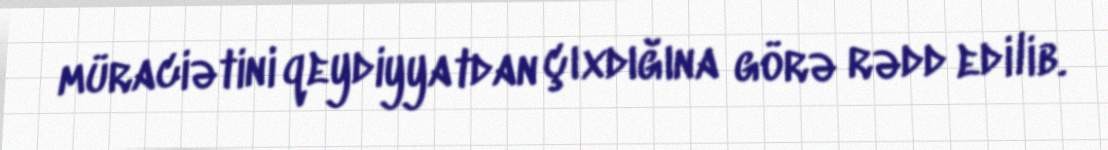
müraciətini qeydiyyatdan çıxdığına görə rədd edilib.